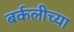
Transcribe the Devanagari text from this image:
बर्कलीच्या